Indian journal of veterinary science and animal husbandry - Volume 9,
Year: 1939
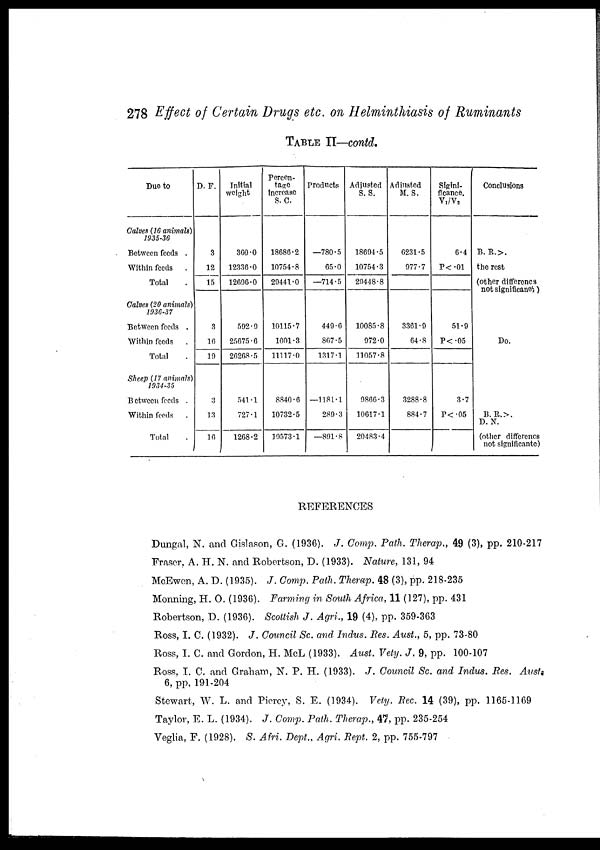
278 Effect of Certain Drugs etc. on Helminthiasis of Ruminants
TABLE II—contd.
Due to
Calves (16 animals)
1935-36
Between feeds .
Within feeds .
Total .
Calves (20 animals)
1036-37
Between feeds .
Within feeds .
Total .
Sheep (17 animals)
1934-35
Between feeds .
Within feeds .
Total .
D. F.
3
12
15
3
16
19
3
13
16
Initial
weight
360.0
12336.0
12696.0
592.9
25675.6
26268.5
541.1
727.1
1268.2
Percen¬
tage
increase
S. C.
18686.2
10754.8
29441.0
10115.7
1001.3
11117.0
8840.6
10732.5
19573.1
Products
—780.5
65.0
—714.5
449.6
867.5
1317.1
—1181.1
289.3
—891.8
Adjusted
S. S.
18694.5
10754.3
29448.8
10085.8
972.0
11057.8
9866.3
10617.1
20483.4
Adjusted
M. S.
6231.5
977.7
3361.9
64.8
3288.8
884.7
Sigini¬
ficance.
V 1 /V 2
6.4
P<.01
51.9
P<.05
3.7
P<.05
Conclusions
B. R.>.
the rest
(other differencs
not significanes)
Do.
B. R.>.
D. N.
(other differencs
not significante)
REFERENCES
Dungal, N. and Gislason, G. (1936). J. Comp. Path. Therap., 49 (3), pp. 210-217
Eraser, A. H. N. and Robertson, D. (1933). Nature, 131, 94
McEwen, A. D. (1935). J. Comp. Path. Therap. 48 (3), pp. 218-235
Monning, H. O. (1936). Farming in South Africa, 11 (127), pp. 431
Robertson, D. (1936). Scottish J. Agri., 19 (4). pp. 359-363
Ross, I. C. (1932). J. Council Sc. and Indus. Res. Aust., 5, pp. 73-80
Ross, I. C. and Gordon, H. McL (1933). Aust. Vety. J. 9, pp. 100-107
Ross, T. C. and Graham, N. P. H. (1933). J. Council Sc. and Indus. Res. Aust.
6, pp, 191-204
Stewart, W. L. and Piercy, S. E. (1934). Vety. Rec. 14 (39), pp. 1165-1169
Taylor, E. L. (1934). J. Comp. Path. Therap., 47, pp. 235-254
Veglia, F. (1928). S. Afri. Dept., Agri. Rept. 2, pp. 755-797